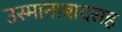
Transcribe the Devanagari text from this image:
उस्मानाबादसह